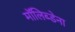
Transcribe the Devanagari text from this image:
मॉलिब्डेना